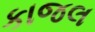
કાજલ